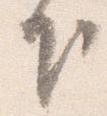
下